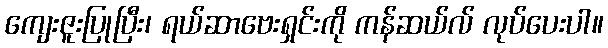
ကျေးဇူးပြုပြီး၊ ရယ်ဆာဗေးရှင်းကို ကန်ဆယ်လ် လုပ်ပေးပါ။